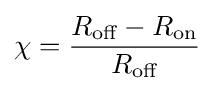
\chi ={\frac {R_{\text{off}}-R_{\text{on}}}{R_{\text{off}}}}